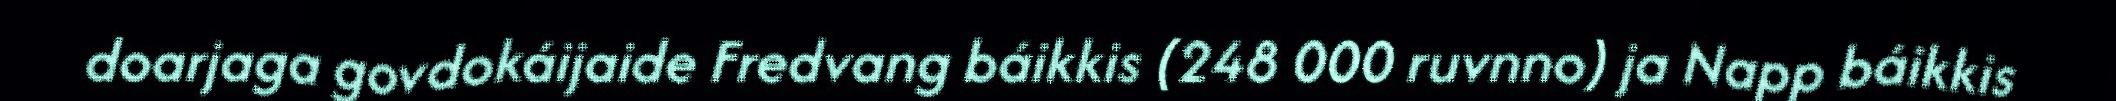
doarjaga govdokáijaide Fredvang báikkis (248 000 ruvnno) ja Napp báikkis